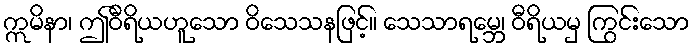
ဣမိနာ၊ ဤဝီရိယဟူသော ဝိသေသနဖြင့်။ သေသာရမ္ဘေ၊ ဝီရိယမှ ကြွင်းသော